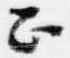
正